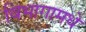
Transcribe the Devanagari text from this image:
विभागामधे